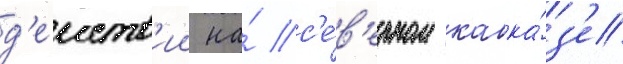
д'еиств'ии на́ с'е́в'ерном кавка́з'е